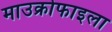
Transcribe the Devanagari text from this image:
माउक्रोफाइला